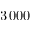
3 \, 0 0 0